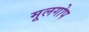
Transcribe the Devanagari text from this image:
मूलगोप